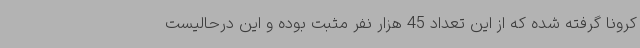
کرونا گرفته شده که از این تعداد 45 هزار نفر مثبت بوده و این درحالیست